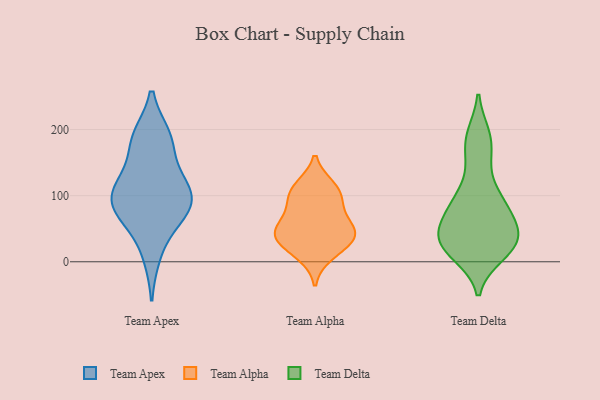
{"axis": {"x": "Revenue (USD Million)", "y": "Value"}, "legend": ["Team Alpha", "Team Apex", "Team Delta"], "data": [{"x": "", "y": 184, "type": "Team Apex"}, {"x": "", "y": 118, "type": "Team Apex"}, {"x": "", "y": 183, "type": "Team Apex"}, {"x": "", "y": 98, "type": "Team Apex"}, {"x": "", "y": 125, "type": "Team Apex"}, {"x": "", "y": 11, "type": "Team Apex"}, {"x": "", "y": 105, "type": "Team Apex"}, {"x": "", "y": 188, "type": "Team Apex"}, {"x": "", "y": 74, "type": "Team Apex"}, {"x": "", "y": 95, "type": "Team Apex"}, {"x": "", "y": 65, "type": "Team Apex"}, {"x": "", "y": 75, "type": "Team Apex"}, {"x": "", "y": 113, "type": "Team Alpha"}, {"x": "", "y": 76, "type": "Team Alpha"}, {"x": "", "y": 11, "type": "Team Alpha"}, {"x": "", "y": 108, "type": "Team Alpha"}, {"x": "", "y": 96, "type": "Team Alpha"}, {"x": "", "y": 46, "type": "Team Alpha"}, {"x": "", "y": 53, "type": "Team Alpha"}, {"x": "", "y": 37, "type": "Team Alpha"}, {"x": "", "y": 42, "type": "Team Alpha"}, {"x": "", "y": 29, "type": "Team Alpha"}, {"x": "", "y": 70, "type": "Team Delta"}, {"x": "", "y": 44, "type": "Team Delta"}, {"x": "", "y": 69, "type": "Team Delta"}, {"x": "", "y": 96, "type": "Team Delta"}, {"x": "", "y": 19, "type": "Team Delta"}, {"x": "", "y": 85, "type": "Team Delta"}, {"x": "", "y": 46, "type": "Team Delta"}, {"x": "", "y": 35, "type": "Team Delta"}, {"x": "", "y": 41, "type": "Team Delta"}, {"x": "", "y": 28, "type": "Team Delta"}, {"x": "", "y": 10, "type": "Team Delta"}, {"x": "", "y": 90, "type": "Team Delta"}, {"x": "", "y": 10, "type": "Team Delta"}, {"x": "", "y": 169, "type": "Team Delta"}, {"x": "", "y": 108, "type": "Team Delta"}, {"x": "", "y": 44, "type": "Team Delta"}, {"x": "", "y": 192, "type": "Team Delta"}, {"x": "", "y": 150, "type": "Team Delta"}, {"x": "", "y": 21, "type": "Team Delta"}, {"x": "", "y": 192, "type": "Team Delta"}]}